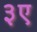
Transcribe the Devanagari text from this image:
३ए